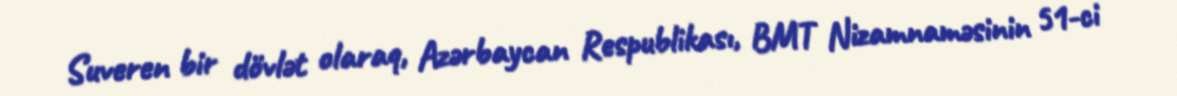
Suveren bir dövlət olaraq, Azərbaycan Respublikası, BMT Nizamnaməsinin 51-ci